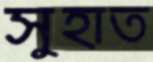
সুহাত